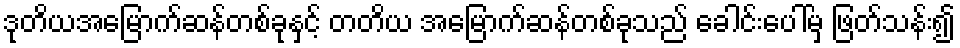
ဒုတိယအမြောက်ဆန်တစ်ခုနှင့် တတိယ အမြောက်ဆန်တစ်ခုသည် ခေါင်းပေါ်မှ ဖြတ်သန်း၍